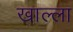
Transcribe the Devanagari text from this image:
खाल्‍ला